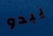
يبدو